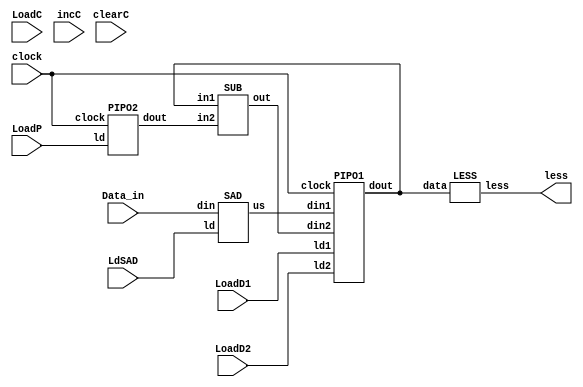
module Datapath_for_Div (                                       // Datapath Module named Datapath_for_Div .8038
    output less,                                                // Gives output as less . 8038
    input LoadD1,LoadD2, LoadC,LoadP,LdSAD, clearC, incC,       // These are the inputs for the module ( 1 bit inputs). 8038
    input [15:0] Data_in,                                       // 16 bit data_in input . 8038
    input clock                                                 // clock input for the module . 8038
    );

    wire [15:0] W, Y, T, Bout, Bus;                             // W,Y,T,Bout,Bus are the intermediate wires. 8038

    PIPO1 D (W, Bus, T, LoadD1, LoadD2, clock);                 // instantiating PIPO1 Module with respective ports . 8038
    PIPO2 P (Y, LoadP, clock);                                  // instantiating PIPO2 Module with respective ports . 8038
    CNT C (Bout, LoadC, incC, clock);                           // instantiating CNT module with respective ports . This is the counter for our logic. 8038
    SAD Q (Bus, LdSAD, Data_in);                                // instantiating SAD module with respective ports. 8038
    SUB CT (T, W, Y) ;                                          // This Subtracts the outputs from PIPO1 and PIPO2 and returns it in Y. 8038
    LESS COMP (less, W);                                        // comparator checker for Checking the Value of W with 0. 8038

endmodule                                                       // end of module Datapath_for_Div. 8038



module PIPO1 (                                                  // Module named PIPO1 . 8038
    output reg [15:0]dout,                                      // Output is a 16 bit dout . 8038
    input [15:0]din1,din2,                                      // inputs are 16 bit din1 and din2 . 8038
    input ld1,ld2,clock                                         // takes in the load ld1, ld2 and clock . 8038
    );
    always @(posedge clock)                                     // check for transition in positive edge of clock . 8038
    	if(ld1) dout <= din1;                                   // if ld1 is true, then give value of din1 to dout . 8038
    	else if(ld2) dout <= din2;                              // else if ld2 is true then give value of din2 to dout . 8038
endmodule                                                       // end of module named PIPO1 . 8038
 
module PIPO2 (                                                  // Module name for PIPO2 . 8038
    output reg [15:0]dout,                                      // Output is a register of 16 bits ( dout ). 8038
    input ld,clock);                                            // Inputs are a load and a clock. 8038
    always @(posedge clock)                                     // check for transition to postive edge of the clock    . 8038
    	if(ld) dout <= 16'b0000000000001010;                    // if the load exists then give the value of 16'd10 to dout, as we are creating a divide by 10 circuit . 8038
endmodule                                                       // end of module PIP02 . 8038

module SAD (                                                    // module named SAD . 8038 
    output reg [15:0]us,                                        // gives 16bit output to  a register us. 8038
    input ld,                                                   // takes in input as load. 8038
    input [15:0] din                                            // takes in 16 bit input as din. 8038
    );  
    always @ ( * )                                              // check for changes in any inputs , and then execute the block statements below this. 8038
    	if (ld) us <= din;                                      // If the load exists then supply the value of din to us . 8038
endmodule                                                       // end of module named SAD . 8038

module SUB (                                                    // module named SUB, this module subtracts 10 from the remainders of last opertions . 8038
    output reg [15:0]out,                                       // gives output as a register to out. ( 16 bit ). 8038
    input [15:0] in1, in2                                       // takes in input as 16 bit in1, and in2. 8038
    );
    always @(*)                                                 // check for changes in any inputs and then execute the next statements. 8038
    	out = in1 - in2 ;                                       // supply the value of out as in1 - in2. 8038
endmodule                                                       // end of module named SUB. 8038

module LESS (                                                   // Module named LESS , this module checks if the value of Qoutient is 10 or below. 8038
    output less,                                                // give the value of output less 1 bit. 8038
    input [15:0] data                                           // takes in 16 bit input as data . 8038
    );
    assign less = (data <10);                                   // continous assignment to less , if data is less that 10 then less is true, and vice versa. 8038
endmodule

module CNT (                                                    // module named CNT, which acts as counter for our model. 8038
    output reg [15:0]dout,                                      // gives out 16 bit outputs as dout. 8038
    input ld, inc, clock                                        // input is load , increment and clock. 8038
    );                                                          
    always @(posedge clock)                                     // check for transition in positive edge of clock. 8038
    	if(ld) dout <= 16'd0;                                   // If load exits then set dout as 0. 8038
    	else if(inc) dout <= dout+1;                            // else if inc exists then increment the value of dout to dout+1. 8038
endmodule                                                       // end of module named CNT. 8038


module Control (                                                // module named Control, this the controller module for our model. 8038
    output reg LoadD1, LoadD2, LoadC, LoadP, LdSAD, clearC, incC, done, // takes load inputs , clear input , increment and done input. 8038
    input clock, less, start                                    // takes input clock, less ( which tells if values is less than 10), start ( which starts the model). 8038
    );                                                                  
    reg [2:0] state;                                            // state is a 3 bit register. 8038
    parameter S0 = 3'b000,                                      // defining state parameters for easy operations. 8038
              S1 = 3'b001,
              S2 = 3'b010, 
              S3 = 3'b011; 
            
    
    always @(posedge clock)                                     // check for transition to positive edge of the clock. 8038
    	begin                                                   // start of block statements. 8038
    	  case (state)                                          // switch case on value of state. 8038
    		S0: if(start) state <= S1;                          // if state is S0 and if start exists then supplu the value of S1 to state. 8038
    		S1: state <= S2;                                    // if state is S1 then supply the value of state as S2. 8038
    		S2: #2 if (less) state <= S3;                       // if state is S2 and if less is set then set state to S3. 8038    
    		S3: state  <= S3;                                   // is state is S3 then set state to S3.( no change remain here) 8038 
    		default: state <= S0;                               // default case stay in inital state S0. 8038
    	   endcase                                              // end of case statements on state. 8038
    	end
    always @(state)                                             // check for changes in value of state then execute the folowing statements. 8038
    	begin
    	  case (state)                                          // case on state value. 8038
    		S0: begin                                           // if the state is S0 then Set the LdSAD as =1 and rest all as 0.8038
                    #1 LoadD1 = 0;
                    LoadD2 = 0;
                    LoadC = 0;
                    clearC = 0;
                    incC = 0;
                    LoadP = 0;
                    LdSAD = 1;
                end
    		S1: begin                                           // if the value of State is S1, then set LoadD1, LoadC, clearC and LoadP. 8038
                    #1 LoadD1 = 1;
                    LoadC = 1;
                    clearC = 1;
                    LoadP = 1;
                end
    		S2: begin                                           // if the value of state is S2 then unset LoadD1, LoadC, clearC and set LoadD2, incC. 8038
                    #1 LoadD1 = 0;
                    LoadC = 0;
                    clearC = 0;
                    LoadD2 = 1;
                    incC = 1;
                end
    		S3: begin                                           // if the value of state is S3 then set the value of Done to 1, The operation is complete here. 8038
                    #1 done = 1;
                    LoadD1 = 0;
                    LoadC = 0;
                    incC = 0;
                    LoadD2 = 0;
                    LoadP = 0;
                    LdSAD = 0;
                end
    		default: 
                begin 
                    #1 LoadC = 0;                               // For the default case set everything to 0. 8038
                    LoadD1 = 0;
                    LoadD2 = 0;
                    clearC = 0;
                    incC = 0;
                    LoadP = 0;
                end
    	   endcase                                              // end of case statements. 8038
    	end                                                     // end of block statements. 8038 
endmodule                                                       // end of controller module. 8038